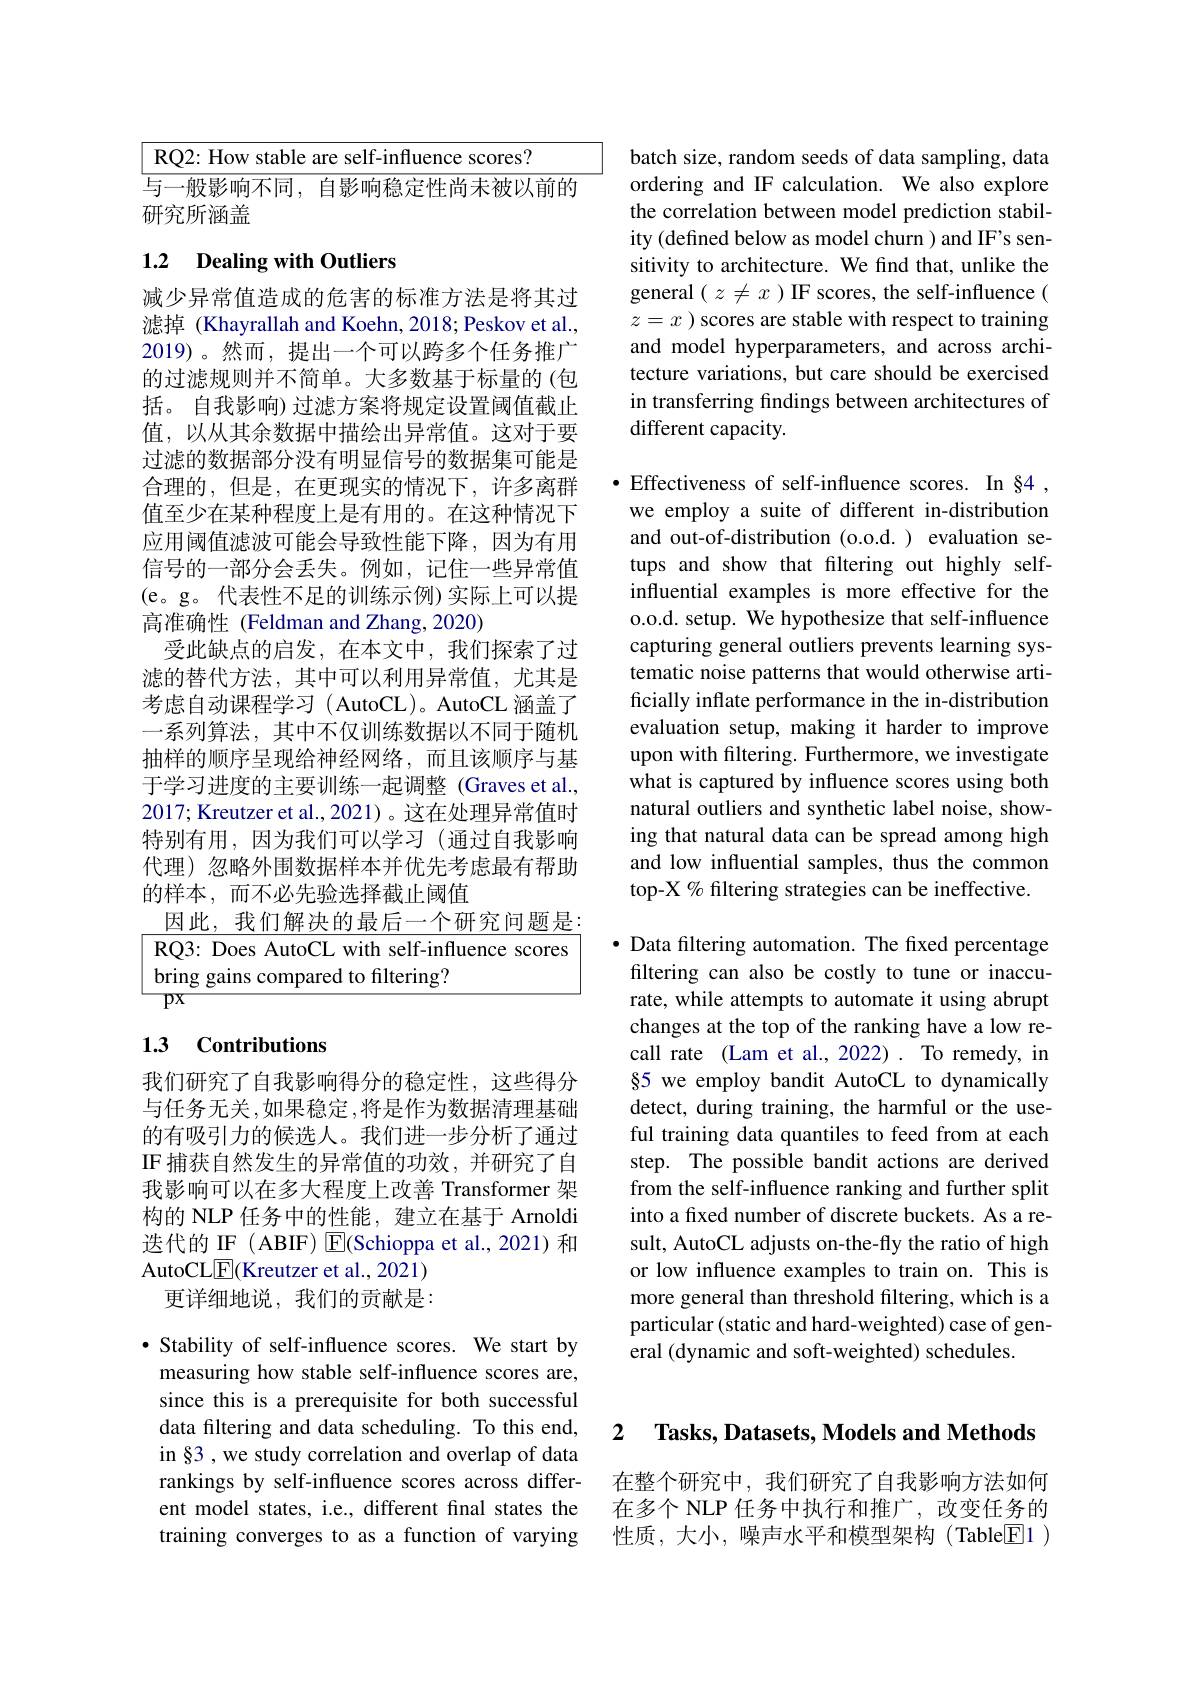
<table>
	<tbody>
		<tr>
			<td>RO2: Hows stable</td>
			<td></td>
		</tr>
	</tbody>
</table>

与一般影响不同，自影响稳定性尚未被以前的
研究所涵盖

## 1.2 $\textbf{Dealing with Outliers}$

减少异常值造成的危害的标准方法是将其过滤掉 (Khayrallah and Koehn, 2018; Peskov et al., 2019)。然而，提出一个可以跨多个任务推广的过滤规则并不简单。大多数基于标量的(包括。自我影响) 过滤方案将规定设置阈值截止值，以从其余数据中描绘出异常值。这对于要过滤的数据部分没有明显信号的数据集可能是合理的，但是，在更现实的情况下，许多离群值至少在某种程度上是有用的。在这种情况下应用阈值滤波可能会导致性能下降，因为有用信号的一部分会丢失。例如，记住一些异常值(e。g。代表性不足的训练示例)实际上可以提高准确性 (Feldman and Zhang, 2020)
受此缺点的启发，在本文中，我们探索了过滤的替代方法，其中可以利用异常值，尤其是考虑自动课程学习( AutoCL)。AutoCL 涵盖了一系列算法，其中不仅训练数据以不同于随机抽样的顺序呈现给神经网络，而且该顺序与基于学习进度的主要训练一起调整 (Graves et al., 2017; Kreutzer et al., 2021)。这在处理异常值时特别有用，因为我们可以学习(通过自我影响代理)忽略外围数据样本并优先考虑最有帮助的样本，而不必先验选择截止阈值
因此，我们解决的最后一个研究问题是： RQ3: Does AutoCL with self-influence scores bring gains compared to filtering?
$\overline{PX}$

### 1.3 Contributions

我们研究了自我影响得分的稳定性，这些得分与任务无关，如果稳定，将是作为数据清理基础的有吸引力的候选人。我们进一步分析了通过IF捕获自然发生的异常值的功效，并研究了自我影响可以在多大程度上改善 Transformer 架构的 NLP 任务中的性能，建立在基于 Arnoldi 迭代的 IF ( ABIF) E(Schioppa et al., 2021) 和AutoCLE(Kreutzer et al., 2021)
更详细地说，我们的贡献是：

$\bullet$ Stability of self-influence scores. We start by measuring how stable self-influence scores are, since this is a prerequisite for both successful data filtering and data scheduling. To this end, in§3 , we study correlation and overlap of data rankings by self-influence scores across different model states, i.e., different final states the training converges to as a function of varying

batch size, random seeds of data sampling, data ordering and IF calculation. We also explore the correlation between model prediction stability (defined below as model churn ) and IF's sensitivity to architecture. We find that, unlike the general $(z\neq x)$ IF scores, the self-influence( $z=x$ ) scores are stable with respect to training and model hyperparameters, and across architecture variations, but care should be exercised in transferring findings between architectures of different capacity.

$\bullet$ Effectiveness of self-influence scores. In §4 , we employ a suite of different in-distribution and out-of-distribution (o.o.d.) evaluation setups and show that filtering out highly selfinfluential examples is more effective for the o.o.d. setup. We hypothesize that self-influence capturing general outliers prevents learning systematic noise patterns that would otherwise artificially inflate performance in the in-distribution evaluation setup, making it harder to improve upon with fltering. Furthermore, we investigate what is captured by influence scores using both natural outliers and synthetic label noise, showing that natural data can be spread among high and low influential samples, thus the common top-X % filtering strategies can be ineffective.

· Data filtering automation. The fixed percentage filtering can also be costly to tune or inaccurate, while attempts to automate it using abrupt changes at the top of the ranking have a low recall rate (Lam et al., 2022). To remedy, in §5 we employ bandit AutoCL to dynamically detect, during training, the harmful or the useful training data quantiles to feed from at each step. The possible bandit actions are derived from the self-influence ranking and further split into a fixed number of discrete buckets. As a result, AutoCL adjusts on-the-fly the ratio of high or low influence examples to train on. This is more general than threshold filtering, which is a particular (static and hard-weighted) case of general (dynamic and soft-weighted) schedules.

2

Tasks, Datasets, Models and Methods

在整个研究中，我们研究了自我影响方法如何在多个 NLP 任务中执行和推广，改变任务的性质，大小，噪声水平和模型架构(Table$\boxed{\mathrm{E}}1)$